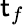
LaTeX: \mathsf{t}_{f}